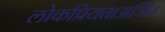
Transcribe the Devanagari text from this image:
लोकप्रियताअर्जित